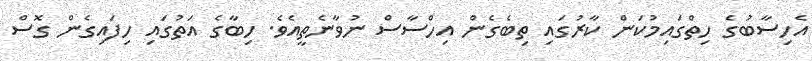
އެހިސާބުގެ ހިތްގައިމުކަން ކާރުގައި ތިބެގެން އިހްސާސް ނުވާނެތީއެވެ. ހިބާގެ އަތުގައި ހިފައިގެން ގޮސް